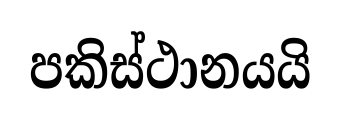
පකිස්ථානයයි